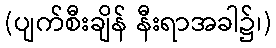
(ပျက်စီးချိန် နီးရာအခါ၌၊)